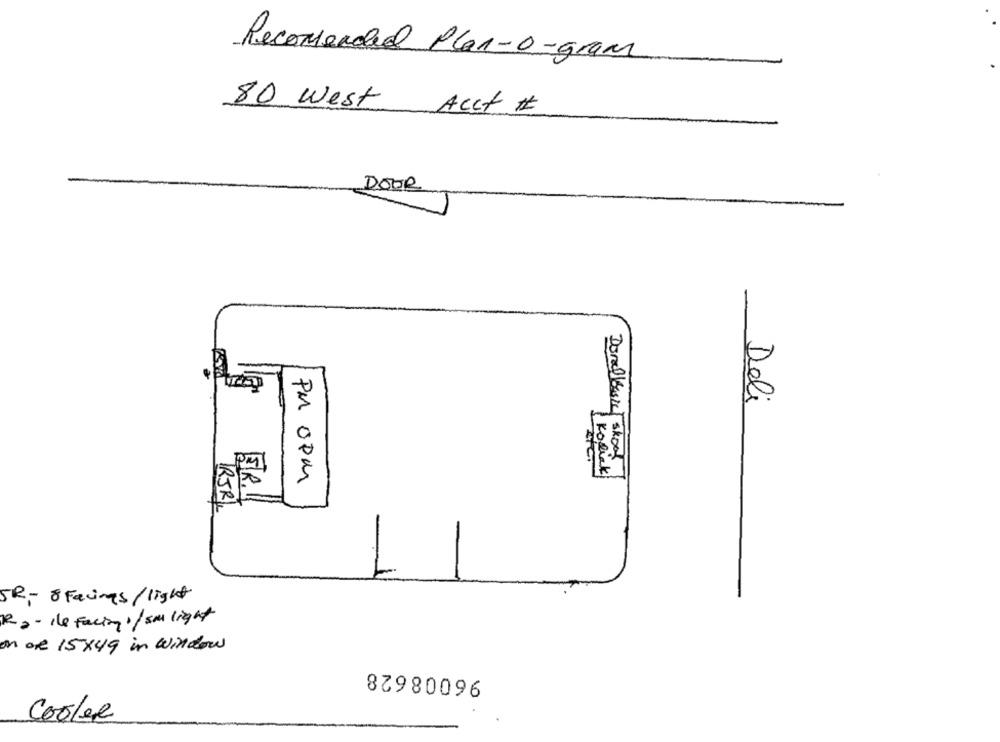
Recomended Plan-o-gram
80 West Acct #
DOOR
Deli
Kopick
Donallbasic skool
PM OPM
ER.
IRJRI
1
SR- 8 Facings/ light
R .- ile facing !/ sml light
on or 15x49 in Window
87980096
Cooler